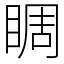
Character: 睭